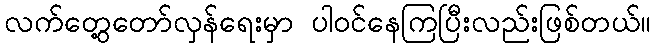
လက်တွေ့တော်လှန်ရေးမှာ ပါဝင်နေကြပြီးလည်းဖြစ်တယ်။